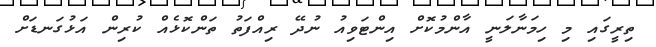
ތިރީގައި މި ހިމަނާލަނީ އާންމުކޮށް އިންޓަވިއު ނުދޭ ރިއްފަތު ތަންކޮޅެއް ކުރިން އަޅުގަނޑަށް